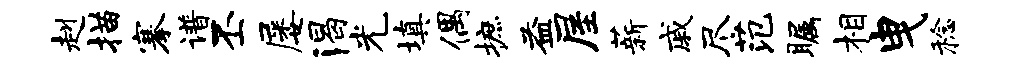
赳描搴谱丕屡渴光填偶摭益屋薪戚尽范瞩相曳稔